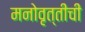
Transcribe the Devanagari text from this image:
मनोवृत्तीची